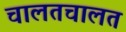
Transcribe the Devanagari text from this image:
चालतचालत